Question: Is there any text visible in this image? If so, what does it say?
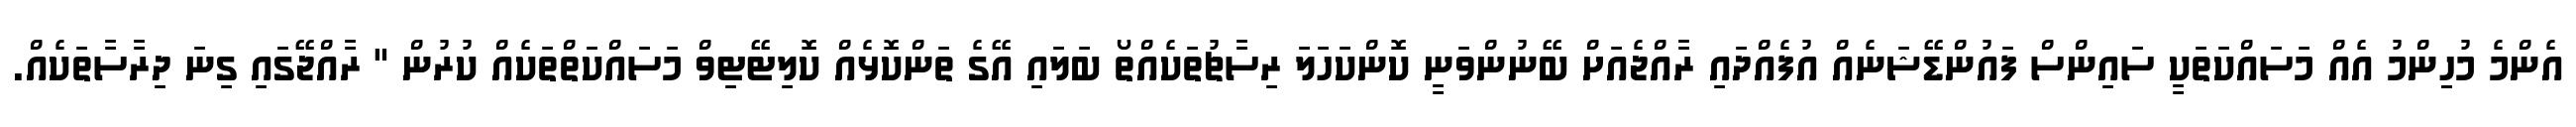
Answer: އެންމެ މުހިިންމު އެއް މަސައްކަތަކީ ސައިންސް ފައުންޑޭޝަނެއް އުފެއްދައި ރާއްޖެއަށް ބޭނުންވަނީ ކޮންކަހަލަ ރިސާޗުތަކެއްތޯ ބަލައި އޭގެ ތަންކޮޅެއް ކޮލިޓޭޓިވް މަސައްކަތްތަކެއް ކުރުން " ރާއްޖޭގައި ގިނަ ދިރާސާތަކެއް.